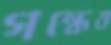
গন্ধেও